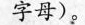
字母)。